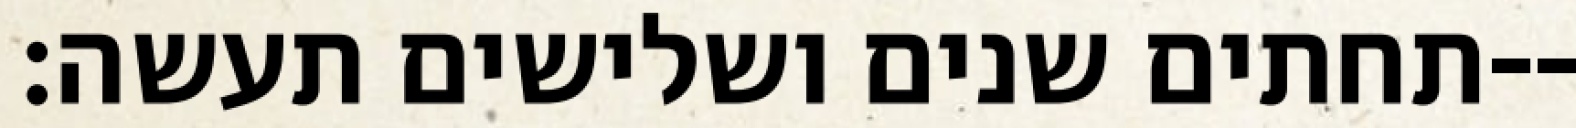
תחתים שנים ושלישים תעשה׃--